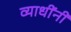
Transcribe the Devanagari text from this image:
व्याधींनी